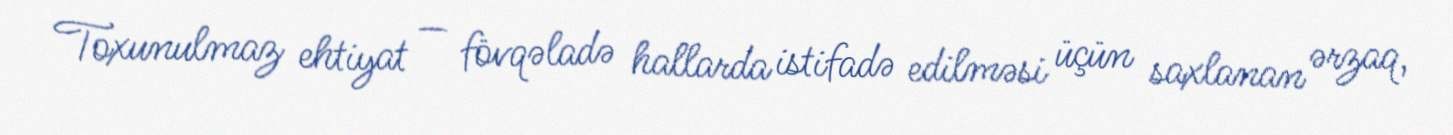
Toxunulmaz ehtiyat — fövqəladə hallarda istifadə edilməsi üçün saxlanan ərzaq,